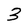
Character: 3